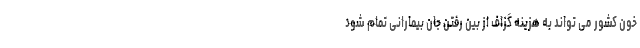
خون کشور می ‌تواند به هزینه گزاف از بین رفتن جان بیمارانی تمام شود